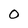
Character: 0